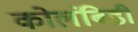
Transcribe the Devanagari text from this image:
कोलंबिडी